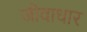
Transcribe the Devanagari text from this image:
जीवाधार